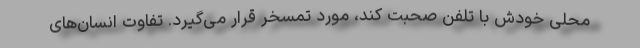
محلی خودش با تلفن صحبت کند، مورد تمسخر قرار می‌گیرد. تفاوت انسان‌های